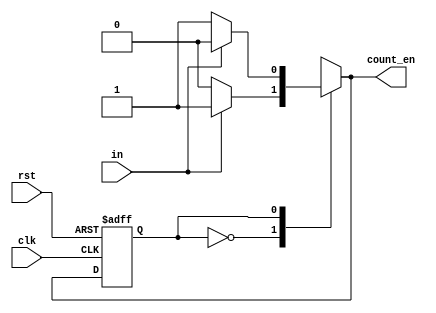
`timescale 1ns / 1ps
//////////////////////////////////////////////////////////////////////////////////
// Company: 
// Engineer: 
// 
// Design Name: 
// Module Name: fsm
// Project Name: 
// Target Devices: 
// Tool Versions: 
// Description: 
// 
// Dependencies: 
// 
// Revision:
// Revision 0.01 - File Created
// Additional Comments:
// 
//////////////////////////////////////////////////////////////////////////////////
`define STATE_COUNT 1'b1
`define STATE_PAUSE 1'b0

module fsm(
    count_en,
    in,
    clk,
    rst
    );
    output reg count_en;
    input clk;
    input in;
    input rst;
    
    reg state;
    reg next_state;
    
    always@*
        case(state)
            1'b0:
            if (in)
            begin
            next_state = 1'b1;
            count_en = 1;
            end
            else
            begin 
            next_state = 1'b0;
            count_en = 0;
            end
            1'b1:
            if (in)
            begin
            next_state = 1'b0;
            count_en = 0;
            end
            else 
            begin
            next_state = 1'b1;
            count_en = 1;
            end
            default:
            begin
            next_state = 1'b0;
            count_en = 0;
            end
            endcase
   
    always@(posedge clk or posedge rst)
            if(rst) state<=`STATE_PAUSE;
            else state<=next_state;
    
endmodule